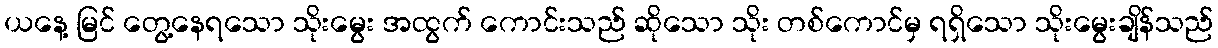
ယနေ့ မြင် တွေ့နေရသော သိုးမွေး အထွက် ကောင်းသည် ဆိုသော သိုး တစ်ကောင်မှ ရရှိသော သိုးမွေးချိန်သည်